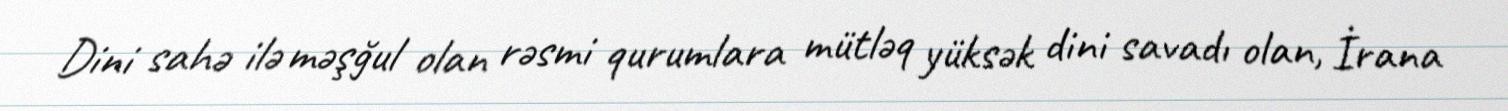
Dini sahə ilə məşğul olan rəsmi qurumlara mütləq yüksək dini savadı olan, İrana